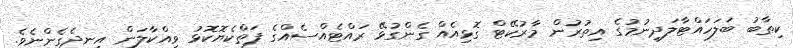
ކިތާބު ބަލަހައްޓާލަދިނުމުގެ އިތުރުން މާރުކޭޓް ގޮޅިއެއް ގެންގުޅޭ ރައްޓެއްސެއްގެ ފަތްކެޔޮކޮޅު ވިއްކާލަން އިނދެގެންނެވެ.